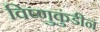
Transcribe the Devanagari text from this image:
विष्णुकुंडीन